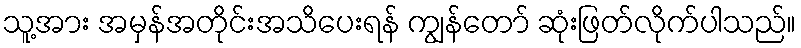
သူ့အား အမှန်အတိုင်းအသိပေးရန် ကျွန်တော် ဆုံးဖြတ်လိုက်ပါသည်။